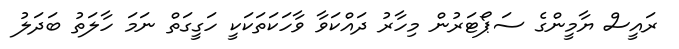
ރައީސް ޔާމީންގެ ސަޕޯޓަރުން މިހާރު ދައްކަވާ ވާހަކަތަކަކީ ހަގީގަތް ނަމަ ހާލަތު ބަދަލު